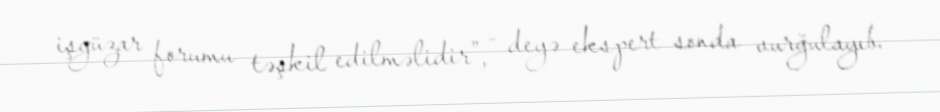
işgüzar forumu təşkil edilməlidir”, - deyə ekspert sonda vurğulayıb.